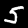
Digit: 5